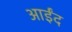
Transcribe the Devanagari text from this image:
आईंद